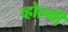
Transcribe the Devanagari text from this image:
व्होल्मी